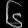
Digit: ၆